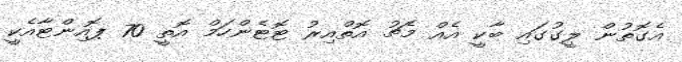
އެގޮތުން ލީގުގައި ބާކީ އެއް މެޗު އޮތްއިރު ޓޮޓެންހަމް އޮތީ 70 ޕޮއިންޓާއެކީ